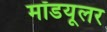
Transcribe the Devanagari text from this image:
मॉडयूलर